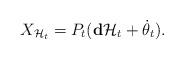
LaTeX: \begin{align*}X_{\mathcal{H}_t}=P_t(\mathbf{d}\mathcal{H}_t+\dot{\theta}_t).\end{align*}